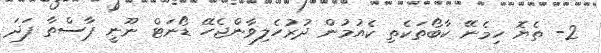
2- ތެޔޮ ހިމެނޭ ކާބޯތަކެތި ކެއުމުން ދުރުހެލިވާންޖެހޭ ޑޯނަޓް ނޫނީ ޕާސްތާ ފަދަ